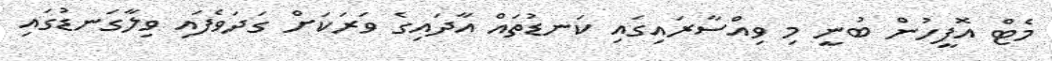
މެޓް އޮފީހުން ބުނީ މި ވިއްސާރައިގައި ކަނޑުތައް އާދައިގެ ވަރަކަށް ގަދަވެފައި ވިލާގަނޑުގައި